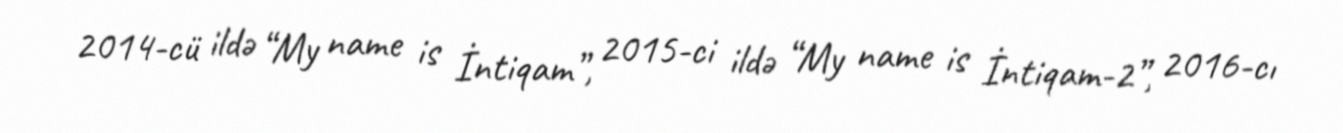
2014-cü ildə “My name is İntiqam”, 2015-ci ildə “My name is İntiqam-2”, 2016-cı